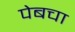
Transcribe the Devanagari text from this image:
पेबचा